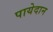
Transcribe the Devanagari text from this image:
पायेदान